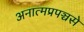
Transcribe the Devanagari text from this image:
अनात्मप्रपञ्चसे